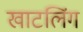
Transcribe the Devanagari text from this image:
खाटलिंग